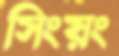
সিংয়ং